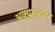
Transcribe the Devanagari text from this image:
अक्युमुलेटर